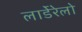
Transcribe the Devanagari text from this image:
लार्डेरेलो